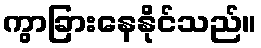
ကွာခြားနေနိုင်သည်။